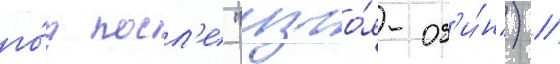
го́д посл'е "изго́я-од'и́н") //